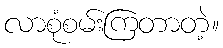
လာစုံစမ်းကြတာတဲ့။